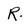
Character: R